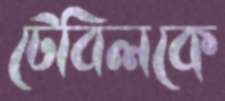
টেবিলকে